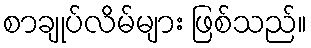
စာချုပ်လိမ်များ ဖြစ်သည်။